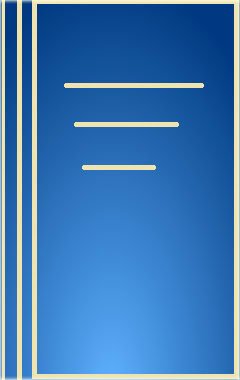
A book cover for Adrenoceptors: Structure, Mechanisms, Function (Advances in Pharmacological Sciences); E. Szabadi; Medical Books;